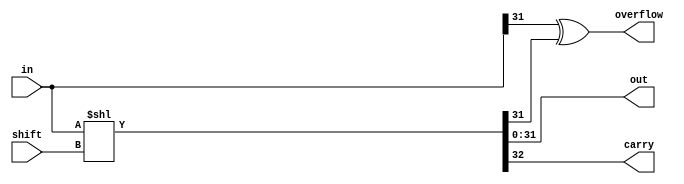
//Jack Gentsch, Jacky Wang, Chinh Bui
//Lab 3: Barrel shifter with dataflow model
//EE 469 with James Peckol 5/1/16
module shifter (out, overflow, carry, in, shift);
	input [31:0] in;
	input [4:0] shift;
	output [31:0] out;
	output overflow;
	output carry;

	//Overflow of the shifter occurs when the input and output MSB differ in sign
	assign overflow = in[31] ^ out[31];
	assign {carry, out} = {1'b0, in} << shift[4:0];
endmodule